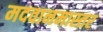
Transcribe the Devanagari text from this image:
मदवानमास्तर